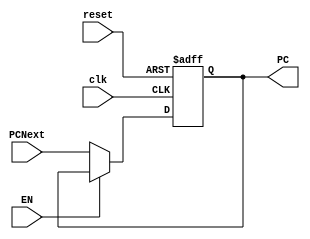
`timescale 1ns / 1ps
//////////////////////////////////////////////////////////////////////////////////
// Company: 
// Engineer: 
// 
// Design Name: 
// Module Name: Program_Counter
// Project Name: 
// Target Devices: 
// Tool Versions: 
// Description: 
// 
// Dependencies: 
// 
// Revision:
// Revision 0.01 - File Created
// Additional Comments:
// 
//////////////////////////////////////////////////////////////////////////////////


module Program_Counter (
input clk,reset,EN,
input [32-1:0] PCNext,
output reg [32-1:0] PC
    );
    
    always @(posedge clk, posedge reset)
    begin
        if(reset)
            PC <= 32'b0;
        else if(EN)
            PC <= PC;
        else begin
            PC <= PCNext;
        end    
    end
    
endmodule